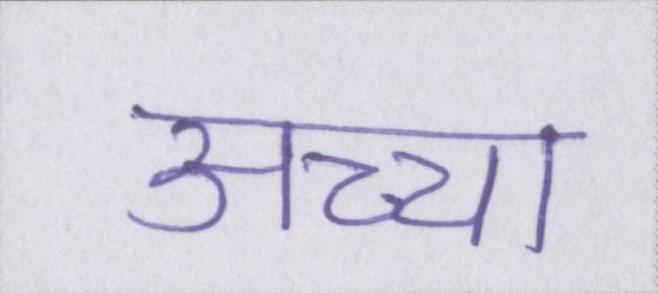
अच्चा